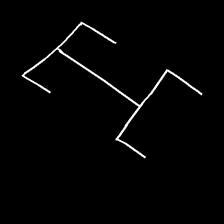
Glyph: entwine